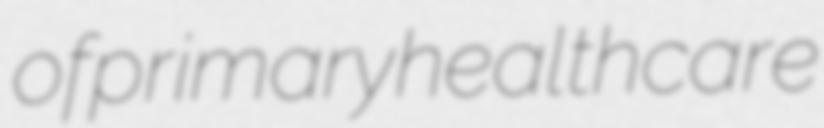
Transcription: of primary healthcare